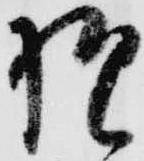
様